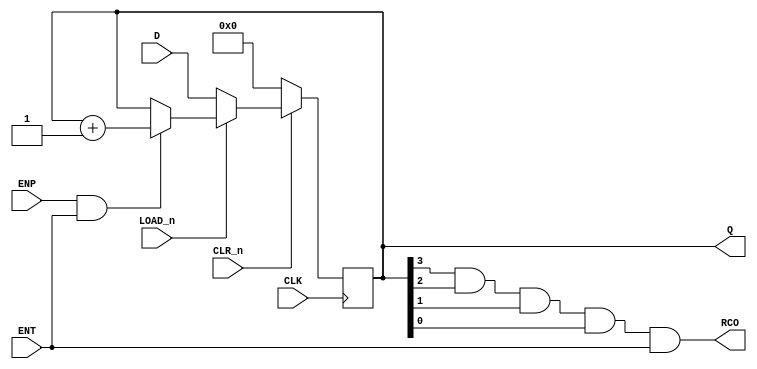
module LS161a(
    input [3:0] D,        // Parallel Input
    input CLK,            // Clock
    input CLR_n,          // Active Low Asynchronous Reset
    input LOAD_n,         // Enable Parallel Input
    input ENP,            // Count Enable Parallel
    input ENT,            // Count Enable Trickle
    output [3:0]Q,        // Parallel Output 	
    output RCO            // Ripple Carry Output (Terminal Count)
); 

reg [3:0] Q_int;
always @(posedge CLK)
begin
	if(!CLR_n)
		Q_int <= 0000;
	else if(CLR_n)
	begin
		if(!LOAD_n)
			Q_int <= D;
		else if(ENP & ENT)
			Q_int <= Q_int+1;
	end
end

assign Q = Q_int;
assign RCO = Q_int[3] & Q_int[2] & Q_int[1] & Q_int[0] & ENT;
endmodule